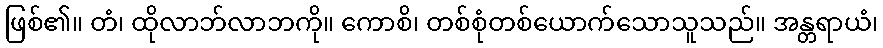
ဖြစ်၏။ တံ၊ ထိုလာဘ်လာဘကို။ ကောစိ၊ တစ်စုံတစ်ယောက်သောသူသည်။ အန္တရာယံ၊